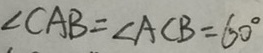
\angle C B A = \angle A C B = 6 0 ^ { \circ }